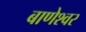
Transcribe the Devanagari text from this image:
बाणेश्‍वर